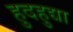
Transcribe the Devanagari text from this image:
हुदहुद्या